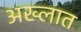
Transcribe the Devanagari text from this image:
अख्लात